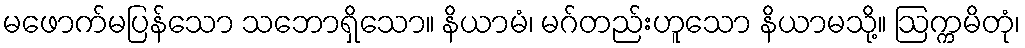
မဖောက်မပြန်သော သဘောရှိသော။ နိယာမံ၊ မဂ်တည်းဟူသော နိယာမသို့။ ဩက္ကမိတုံ၊